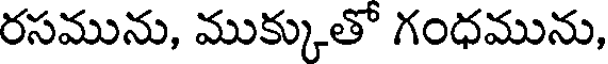
రసమును, ముక్కుతో గంధమును,